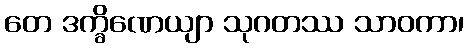
တေ ဒက္ခိဏေယျာ သုဂတဿ သာဝကာ၊